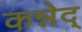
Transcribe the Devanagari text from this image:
कन्नेद्